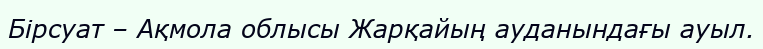
Бірсуат – Ақмола облысы Жарқайың ауданындағы ауыл.